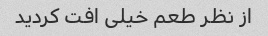
از نظر طعم خیلی افت کردید